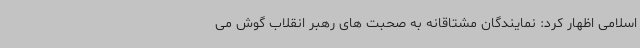
اسلامی اظهار کرد: نمایندگان مشتاقانه به صحبت های رهبر انقلاب گوش می